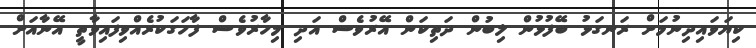
ކިޔަވައިދިނުމަށް ރަނގަޅު ބޭފުޅުން ލިބުން ދަތިކަން އޭރުވެސް އަދި މިހާރުވެސް ފާހަގަކުރެއްވިފައިވާތީ އޭނާއަށް